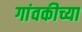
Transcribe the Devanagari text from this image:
गांवकीच्या